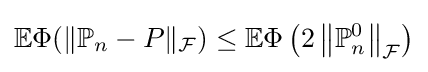
\mathbb {E} \Phi (\|\mathbb {P} _{n}-P\|_{\mathcal {F}})\leq \mathbb {E} \Phi \left(2\left\|\mathbb {P} _{n}^{0}\right\|_{\mathcal {F}}\right)